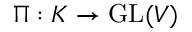
\Pi : K \rightarrow \operatorname { G L } ( V )